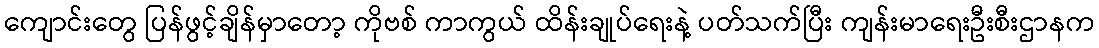
ကျောင်းတွေ ပြန်ဖွင့်ချိန်မှာတော့ ကိုဗစ် ကာကွယ် ထိန်းချုပ်ရေးနဲ့ ပတ်သက်ပြီး ကျန်းမာရေးဦးစီးဌာနက